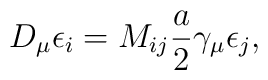
D_{\mu} \epsilon_{i} = M_{i j} \frac{a}{2} \gamma_{\mu} \epsilon_{j},